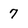
Character: 7